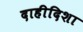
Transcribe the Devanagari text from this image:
दाहीदिशा